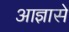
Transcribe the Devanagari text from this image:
आज्ञासे